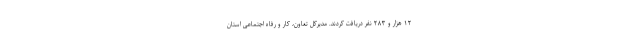
۱۲ هزار و ۲۸۳ نفر دریافت کردند. مدیرکل تعاون، کار و رفاه اجتماعی استان